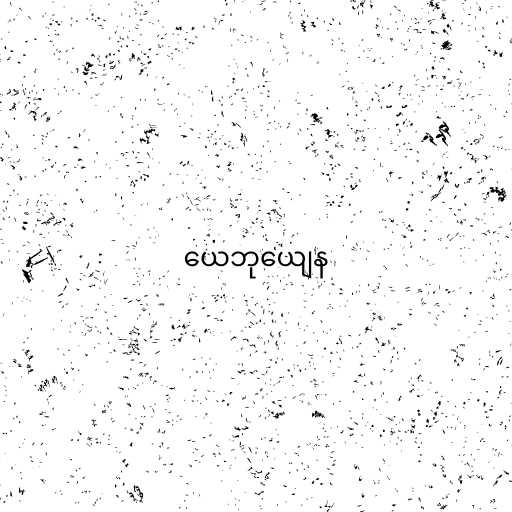
ယေဘုယျေန